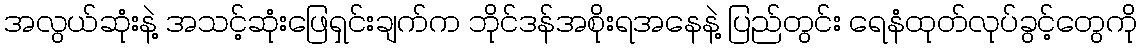
အလွယ်ဆုံးနဲ့ အသင့်ဆုံးဖြေရှင်းချက်က ဘိုင်ဒန်အစိုးရအနေနဲ့ ပြည်တွင်း ရေနံထုတ်လုပ်ခွင့်တွေကို